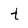
Character: t